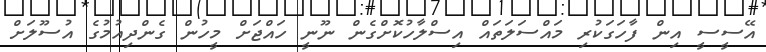
އޭސީސީ އިން ފާހަގަކުރި މައްސަލަތައް އިސްލާހުކޮށްގެން ނޫނީ ހައްޖަށް މީހުން ގެންދިއުމުގެ އުސޫލަށް